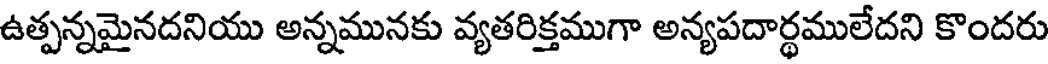
ఉత్పన్నమైనదనియు అన్నమునకు వ్యతరిక్తముగా అన్యపదార్థములేదని కొందరు